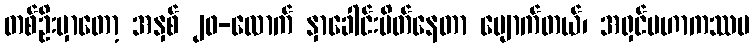
တစ်ဦးမှာတော့ အနှစ် ၂၀-လောက် နှာခေါင်းပိတ်နေတာ ပျောက်တယ်၊ အရှင်မဟာကဿပ